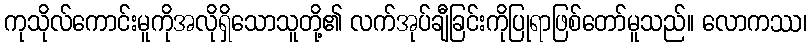
ကုသိုလ်ကောင်းမူကိုအလိုရှိသောသူတို့၏ လက်အုပ်ချီခြင်းကိုပြုရာဖြစ်တော်မူသည်။ လောကဿ၊